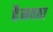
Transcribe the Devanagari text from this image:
हैमवठा